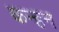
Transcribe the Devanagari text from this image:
कन्हन